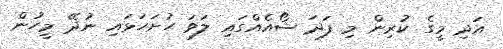
އަދި މީގެ ކުރިން މި ފަދަ ޝޯއެއްގައި ލަވަ ހުށަހަޅައި ނުދޭ މީހުން